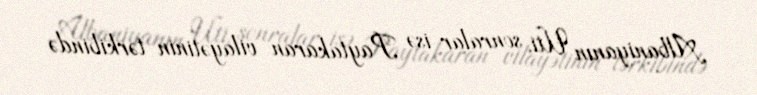
Albaniyanın Uti, sonralar isə Paytakaran vilayətinin tərkibində